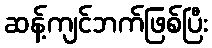
ဆန့်ကျင်ဘက်ဖြစ်ပြီး